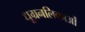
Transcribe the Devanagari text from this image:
धूम्रनलिकाओं